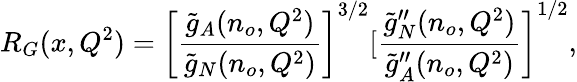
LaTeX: R_{G}(x,Q^{2})=\left[\frac{\widetilde{g}_{A}(n_{o},Q^{2})}{\widetilde{g}_{N}(n_{o},Q^{2})}\right]^{3/2}\left.[\frac{\widetilde{g}_{N}^{\prime\prime}(n_{o},Q^{2})}{\widetilde{g}_{A}^{\prime\prime}(n_{o},Q^{2})}\right]^{1/2},